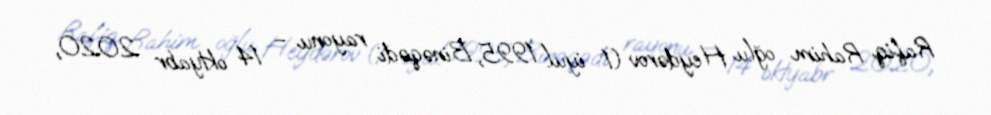
Rafiq Rahim oğlu Heydərov (1 iyul 1995, Binəqədi rayonu – 14 oktyabr 2020,